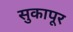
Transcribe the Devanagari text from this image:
सुकापूर